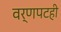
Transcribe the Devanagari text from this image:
वर्णपटही